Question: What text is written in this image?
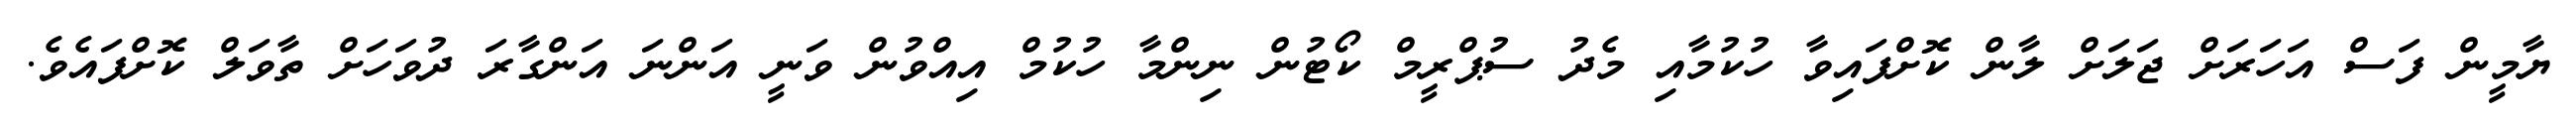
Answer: ޔާމީން ފަސް އަހަރަށް ޖަލަށް ލާން ކޮށްފައިވާ ހުކުމާއި މެދު ސުޕްރީމް ކޯޓުން ނިންމާ ހުކުމް އިއްވުން ވަނީ އަންނަ އަންގާރަ ދުވަހަށް ތާވަލް ކޮށްފައެވެ.